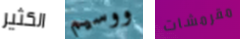
الكثير ووسيم مقرمشات